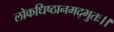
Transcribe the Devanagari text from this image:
लोकधिष्ठानमद्भुतः।।